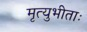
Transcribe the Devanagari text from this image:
मृत्युभीताः